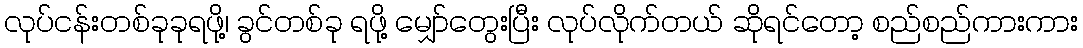
လုပ်ငန်းတစ်ခုခုရဖို့၊ ခွင်တစ်ခု ရဖို့ မျှော်တွေးပြီး လုပ်လိုက်တယ် ဆိုရင်တော့ စည်စည်ကားကား